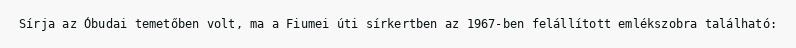
Sírja az Óbudai temetőben volt, ma a Fiumei úti sírkertben az 1967-ben felállított emlékszobra található: